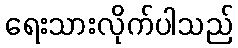
ရေးသားလိုက်ပါသည်